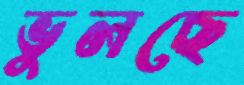
ভুলছে